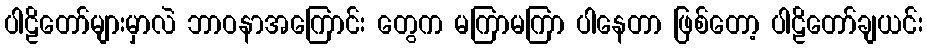
ပါဠိတော်များမှာလဲ ဘာဝနာအကြောင်း တွေက မကြာမကြာ ပါနေတာ ဖြစ်တော့ ပါဠိတော်ချယင်း